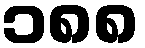
၁၈၈